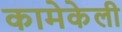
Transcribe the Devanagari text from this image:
कामेकेली